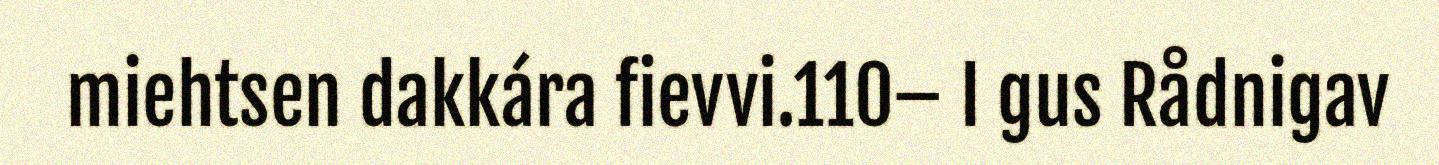
miehtsen dakkára fievvi.110– I gus Rådnigav